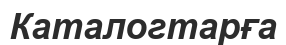
Каталогтарға